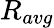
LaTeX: R_{avg}